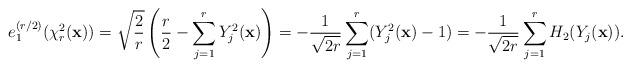
LaTeX: \begin{align*}e_{1}^{(r/2)}(\chi _{r}^{2}(\mathbf{x)})=\sqrt{\frac{2}{r}}\left(\frac{r}{2}-\sum_{j=1}^{r}Y_{j}^{2}(\mathbf{x})\right)=-\frac{1}{\sqrt{2r}}\sum_{j=1}^{r}(Y_{j}^{2}(\mathbf{x})-1)=-\frac{1}{\sqrt{2r}}\sum_{j=1}^{r}H_{2}(Y_{j}(\mathbf{x})).\end{align*}